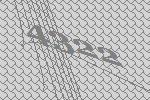
4322